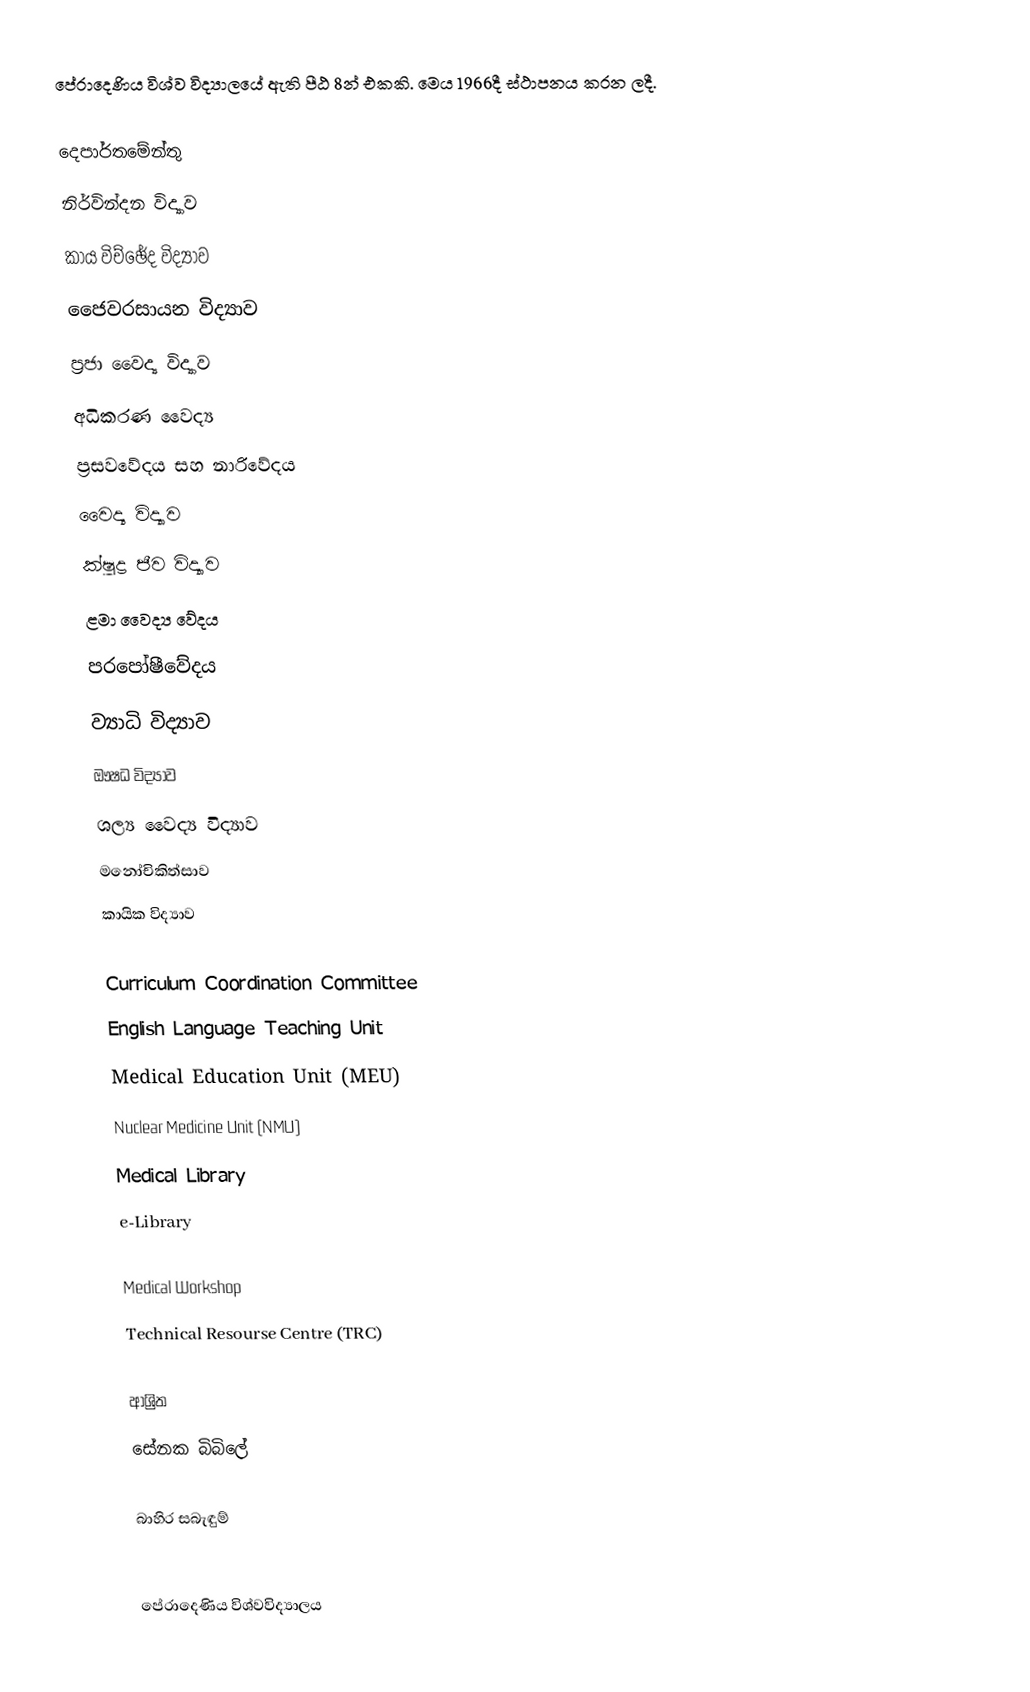
පේරාදෙණිය විශ්ව විද්‍යාලයේ ඇති පීඨ 8න් එකකි. මෙය 1966දී ස්ථාපනය කරන ලදී.

දෙපාර්තමේන්තු
නිර්වින්දන විද්‍යාව
කාය විච්ඡේද විද්‍යාව
ජෛවරසායන විද්‍යාව
ප්‍රජා වෛද්‍ය විද්‍යාව
අධිකරණ වෛද්‍ය
ප්‍රසවවේදය සහ නාරිවේදය
වෛද්‍ය විද්‍යාව
ක්ෂුද්‍ර ජීව විද්‍යාව
ළමා වෛද්‍ය වේදය
පරපෝෂීවේදය
ව්‍යාධි විද්‍යාව
ඖෂධ විද්‍යාව
ශල්‍ය වෛද්‍ය විද්‍යාව
මනෝචිකිත්සාව
කායික විද්‍යාව

Curriculum Coordination Committee
English Language Teaching Unit
Medical Education Unit (MEU)
Nuclear Medicine Unit (NMU)
Medical Library
e-Library

Medical Workshop
Technical Resourse Centre (TRC)

ආශ්‍රිත
 සේනක බිබිලේ

බාහිර සබැඳුම්

පේරාදෙණිය‍ විශ්වවිද්‍යාලය